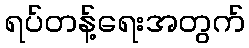
ရပ်တန့်ရေးအတွက်